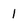
Character: l